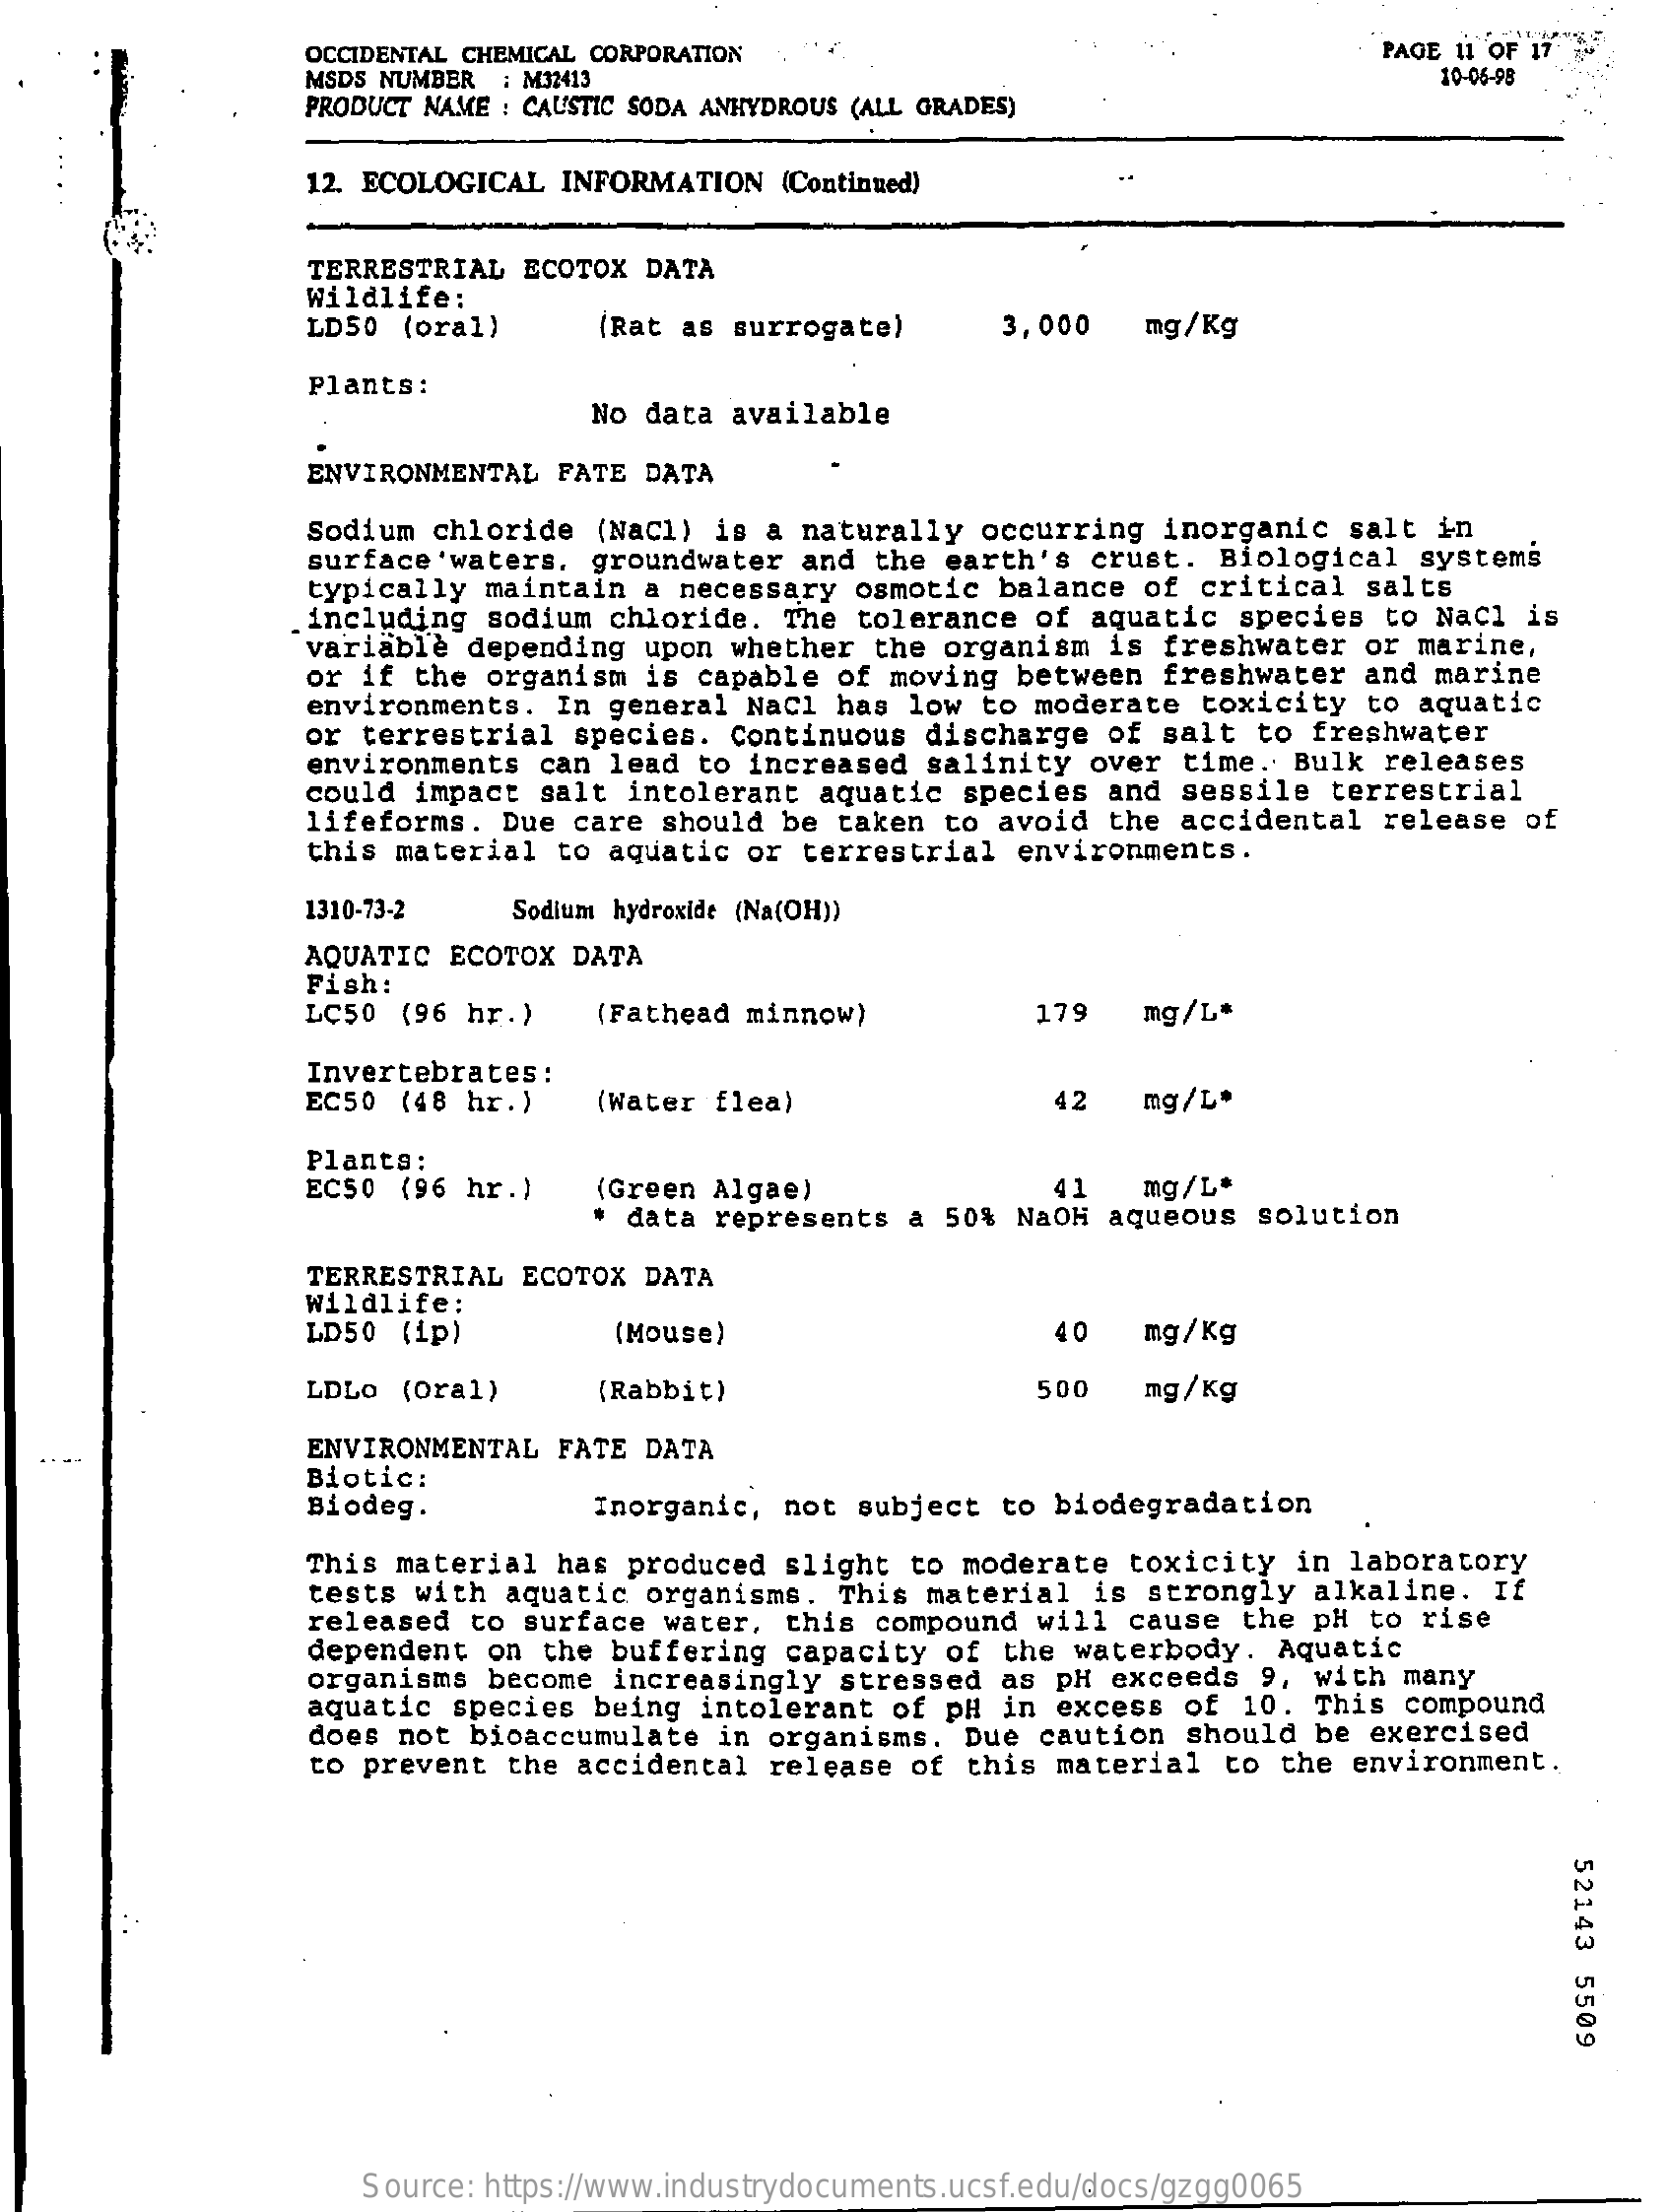
OCCIDENTAL CHEMICAL CORPORATION    PAGE 11 OF 17
     MSDS NUMBER : M32413    10-06-98
     PRODUCT NAME : CAUSTIC SODA ANHYDROUS (ALL GRADES)
     12. ECOLOGICAL INFORMATION (Continued)
     TERRESTRIAL ECOTOX DATA
     Wildlife:
     LD50 (oral)   (Rat as surrogate)   3,000 mg /Kg
     Plants:
     No data available
     ENVIRONMENTAL FATE DATA
     Sodium chloride (Nacl) is a naturally occurring inorganic salt in
     surface 'waters, groundwater and the earth's crust. Biological systems
     typically maintain a necessary osmotic balance of critical salts
     including sodium chloride. The tolerance of aquatic species to Nacl is
     variable depending upon whether the organism is freshwater or marine,
     or if the organism is capable of moving between freshwater and marine
     environments. In general NaCl has low to moderate toxicity to aquatic
     or terrestrial species. Continuous discharge of salt to freshwater
     environments can lead to increased salinity over time. Bulk releases
     could impact salt intolerant aquatic species and sessile terrestrial
     lifeforms. Due care should be taken to avoid the accidental release of
     this material to aquatic or terrestrial environments.
     1310-73-2 Sodium hydroxide (Na(OH))
     AQUATIC ECOTOX DATA
     Fish:
     LC50 (96 hr.) (Fathead minnow)    179  mg /L*
     Invertebrates :
     EC50 (48 hr.) (Water flea)    42  mg /L.
     Plants:
     ECS0 (96 hr.) (Green Algae)
     data represents a 50% NaOH aqueous solution
     41  mg /L*
     TERRESTRIAL ECOTOX DATA
     wildlife:
     LD50 (ip)    (Mouse)    40  mg / Kg
     LDLO (oral)   (Rabbit)    500  mg / Kg
     ENVIRONMENTAL FATE DATA
     Biotic:
     Biodeg .    Inorganic, not subject to biodegradation
     This material has produced slight to moderate toxicity in laboratory
     tests with aquatic organisms. This material is strongly alkaline. If
     released to surface water, this compound will cause the pH to rise
     dependent on the buffering capacity of the waterbody. Aquatic
     organisms become increasingly stressed as pH exceeds 9, with many
     aquatic species being intolerant of pH in excess of 10. This compound
     does not bioaccumulate in organisms. Due caution should be exercised
     to prevent the accidental release of this material to the environment.
     52143
     5509
     Source: https://www.industrydocuments.ucsf.edu/docs/gzgg0065